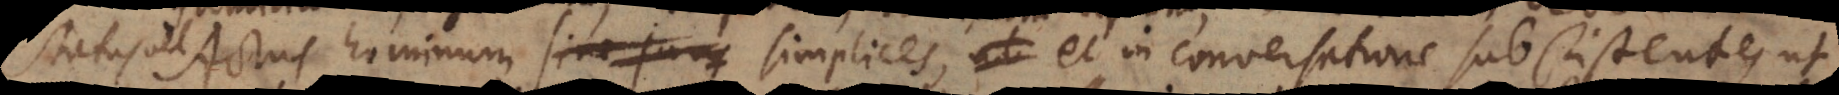
. Actus hominum simplices, ut et in conversatione subsistentes ut